Indian Medical Review
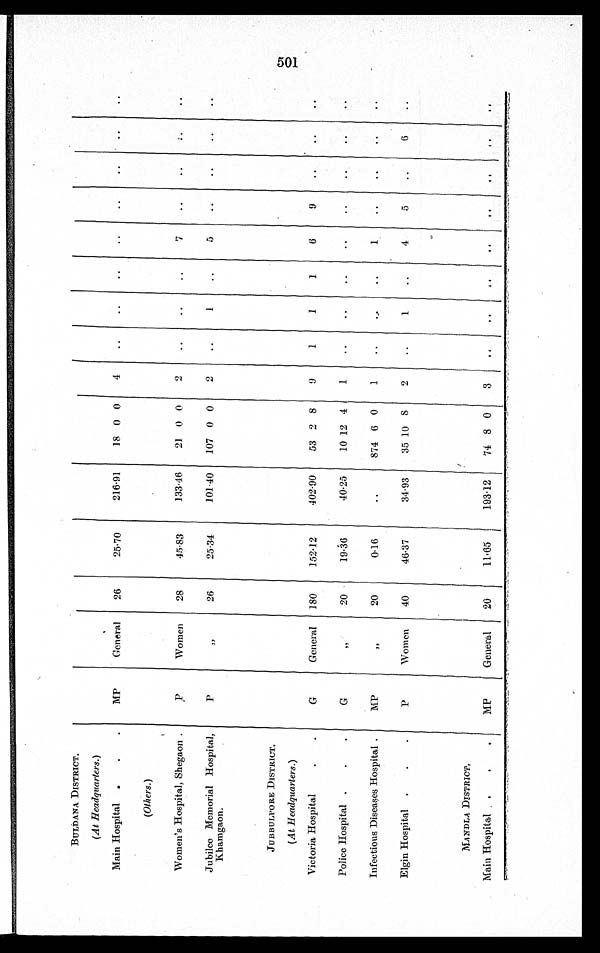
BULDANA DISTRICT.
(At Headquarters .)
Main Hospital
MP
General
26
25.70
216.91
18 0 0
4
..
..
..
..
..
. .
. .
. .
(Others .)
Women's Hospital, Shegaon
P
Women
28
45.83
133.46
21 0 0
2
..
. .
. .
7
..
. .
. .
. .
Jubilee Memorial Hospital,
Khamgaon.
P
"
26
25.34
101.40
107 0 0
2
..
1
..
5
..
..
..
..
JUBBULPORE DISTRICT.
(At Headquarters .)
Victoria Hospital
G
General 180
152.12
402.90
53 2 8
9
1
1
1
6
9
. .
. .
. .
Police Hospital
G
"
20
19.36
40.25
10 12 4
1
..
. .
. .
. .
. .
. .
. .
. .
Infectious Diseases Hospital
MP
"
20
0.16
..
874 6 0
1
..
. .
..
1
. .
. .
. .
. .
Elgin Hospital
P
Women
40
46.37
34.93
35 10 8
2
..
1
..
4
5
. .
6
. .
MANDLA DISTRICT.
Main Hospital
MP
General
20
11.65
193.12
74 8 0
3
..
. .
. .
. .
. .
. .
. .
. .